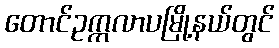
တောင်ဥက္ကလာပမြို့နယ်တွင်